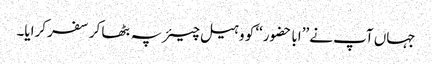
جہاں آپ نے ’’ابا حضور‘‘ کو وہیل چیئر پہ بٹھا کر سفر کرایا۔